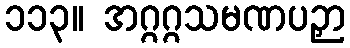
၁၁၃။ အဂ္ဂဂ္ဂသမဏပဉှာ